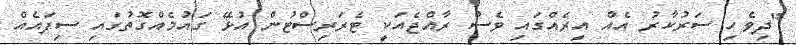
"ދިވެހި ސަރުކާރު އެއް އިރެއްގައި ވެސް ރާއްޖެއަކީ ޓެރަރިސްޓުން އުޅޭ ގައުމެއްގޮތުގައި ސިފައެއް